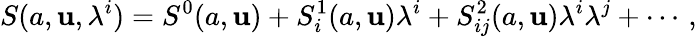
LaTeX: S(a,\mathbf{u},\lambda^{i})=S^{0}(a,\mathbf{u})+S_{i}^{1}(a,\mathbf{u})\lambda^{i}+S_{ij}^{2}(a,\mathbf{u})\lambda^{i}\lambda^{j}+\cdots\, ,